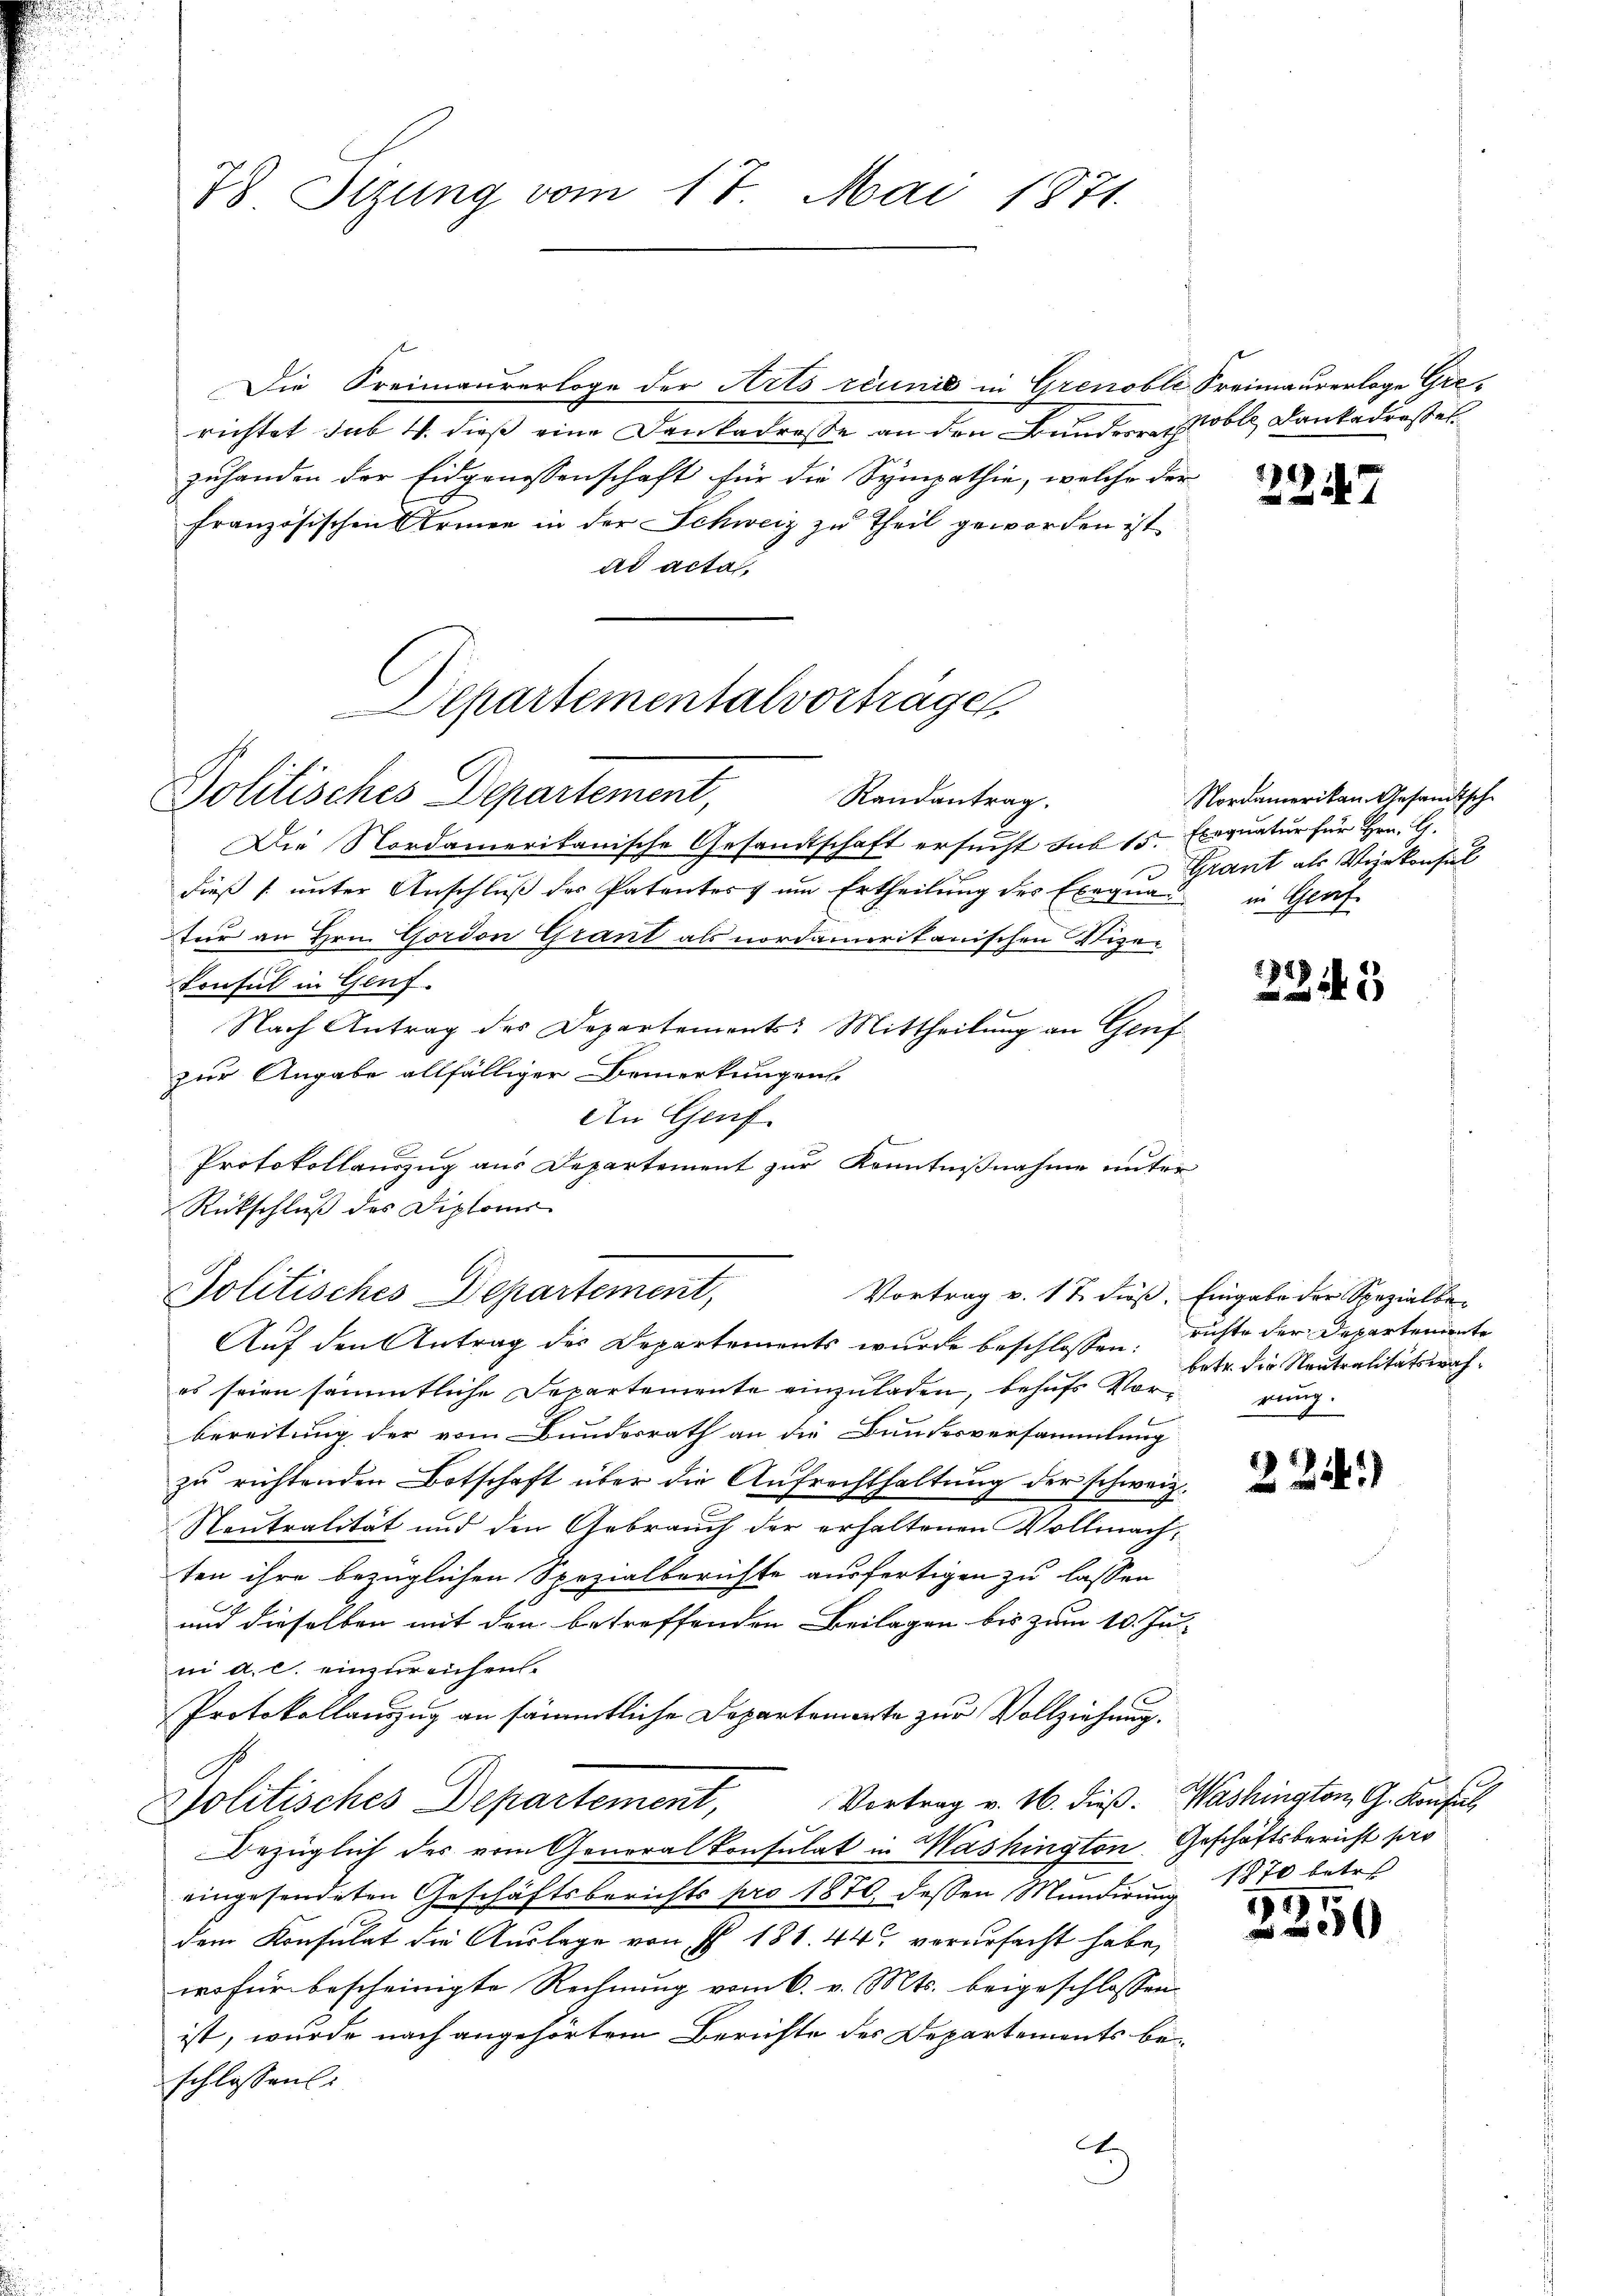
78 Sizung vom 17. Mai 1871.

Die Freimaurerloge der Arts réunis in Grenoble Freimaurerloge Grerichtet sub 14. dieß eine Dankadresse an den Bunderen oble Dankadrestelzuhanden der Eidgenossenschaft für die Sympathie, welche der
französischen Armen in der Schweiz zu Theil geworden ist
ad acta.

Departementalvorträge
Politisches Departement,
Randantrag.

Die Nordamerikanische Gesandtschaft ersucht sub 15. Exequatur für Hrn. G.
dieß s. unter Anschluß des Patenter um Ertheilung des Exequa
tur an Hrn. Gordon Grant als nordamerikanischen Vize¬
Consul in Genf.
Nach Antrag des Departements: Mittheilung an Genf
zur Angabe allfälliger Bemerkungens
An Genf.
Protokollauszug aus Departement zur Kenntnißnahme unter
Rückschluß des Diplomis
Auf den Antrag des Departements wurde beschlossen, richte der Departemente
es seien sämmtliche Departemente einzuladen, behufs Vorrung
bereitung der vom Bundesrath an die Bundesversammlung
zu richtenden Botschaft über die Aufrechthaltung der schweiz.
Neutralität und den Gebrauch der erhaltenen Vollmachten ihre bezüglichen Spezialberichte ausfertigen zu lassen
und dieselben mit den betreffenden Beilagen bis zum 10. Jul
ni a. c. einzureichen.
f
Protokollanzzug an sämmtliche Departemente zur Vollziehung.
Vortrag v. 16. dieß. Washington, G. Konfel
Politisches Departement,
Bezüglich des vom Generalkonsulat in Washington Geschäftsbericht hier
eingesendeten Geschäftsberichts pro 1870, dessen Mundirung
dem Konsulat die Auslage von § 186. 44 verursacht habe,
wofür bescheinigte Rechnung vom 6. v. Mts. beigeschlossen.
ist, wurde nach angehörtem Berichte des Departements beschlossen:
.

Politisches Departement,
Vortrag v. 17 dieß. Eingabe der Spezialbe¬

2247

Nordamerikan. Gesandtische
Grant als Vizekonsul
in Gert

2245

betr. die Neutralitätswah¬

)

1870 betre

1997
0